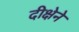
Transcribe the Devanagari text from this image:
दीक्षेने